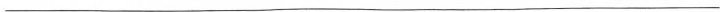
___